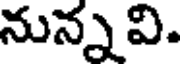
నున్నవి.